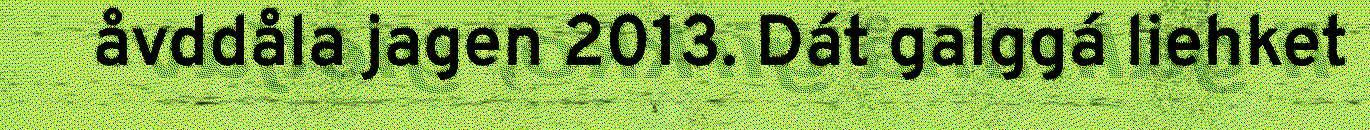
åvddåla jagen 2013. Dát galggá liehket